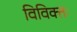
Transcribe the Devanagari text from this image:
विविक्तः